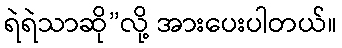
ရဲရဲသာဆို”လို့ အားပေးပါတယ်။